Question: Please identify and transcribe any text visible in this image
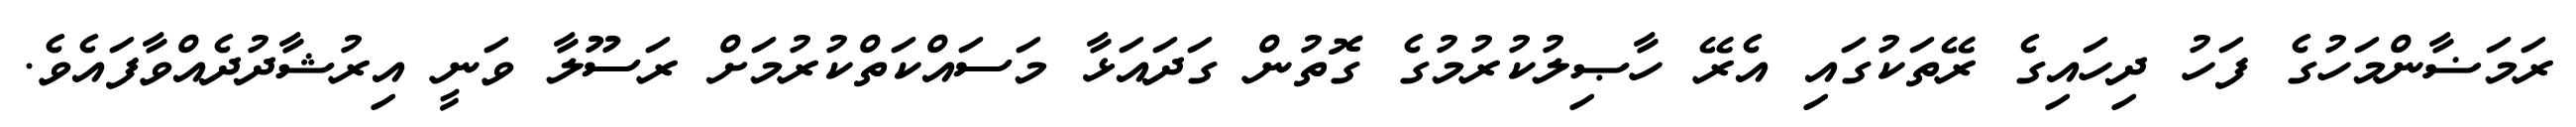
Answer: ރަމަޟާންމަހުގެ ފަހު ދިހައިގެ ރޭތަކުގައި އެރޭ ހާޞިލުކުރުމުގެ ގޮތުން ގަދައަޅާ މަސައްކަތްކުރުމަށް ރަސޫލާ ވަނީ އިރުޝާދުދެއްވާފައެވެ.